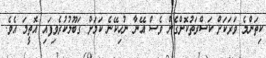
ކިތަންމެ ވަރަކަށް ކަސްރަތުކޮށްގެން ވެސް އޭނާ ނުހިކޭނެ ކަމަށް ގަބޫލުކުރެވިފައި އޮތީމަ އެވެ.